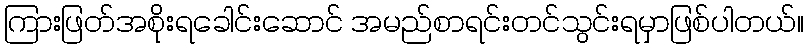
ကြားဖြတ်အစိုးရခေါင်းဆောင် အမည်စာရင်းတင်သွင်းရမှာဖြစ်ပါတယ်။